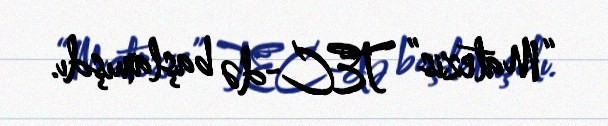
“Matezis” TEC-də başlamışdı.